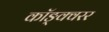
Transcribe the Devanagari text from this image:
कॉङ्क्वरर